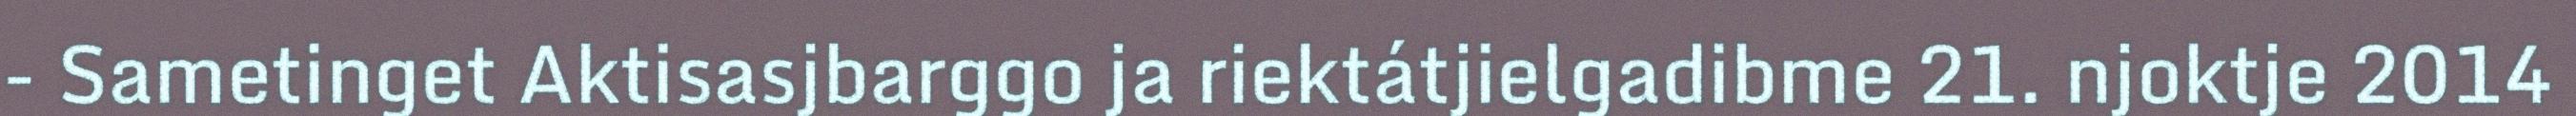
- Sametinget Aktisasjbarggo ja riektátjielgadibme 21. njoktje 2014